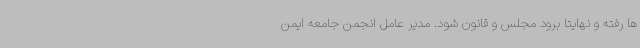
ها رفته و نهایتا برود مجلس و قانون شود. مدیر عامل انجمن جامعه ایمن